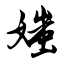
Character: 媸